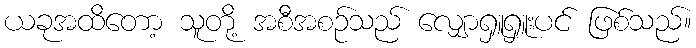
ယခုအထိတော့ သူတို့ အစီအစဉ်သည် လျှောရှူရှူးပင် ဖြစ်သည်။